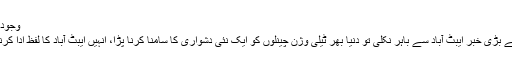
وجود - جمعرات 10 ستمبر 2015
جب مئی 2011ء میں سب سے بڑی خبر ایبٹ آباد سے باہر نکلی تو دنیا بھر ٹیلی وژن چینلوں کو ایک نئی دشواری کا سامنا کرنا پڑا، انہیں ایبٹ آباد کا لفظ ادا کرنے میں مشکل پیش آ رہی تھی۔